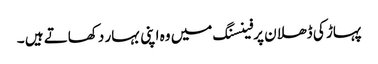
پہاڑ کی ڈھلان پرفینسنگ میں وہ اپنی بہار دکھاتے ہیں ۔